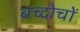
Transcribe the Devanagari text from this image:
बच्दोचों